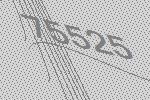
75525